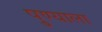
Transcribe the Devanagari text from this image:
पु्ण्याला